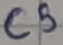
Text: C5